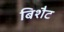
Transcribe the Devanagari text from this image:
बिशैट